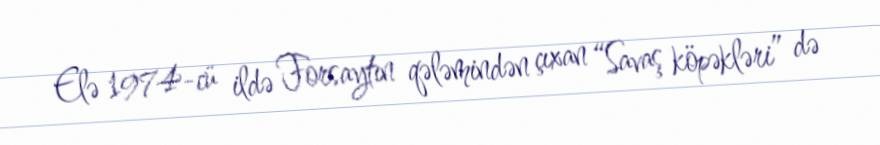
Elə 1974-cü ildə Forsaytın qələmindən çıxan “Savaş köpəkləri” də